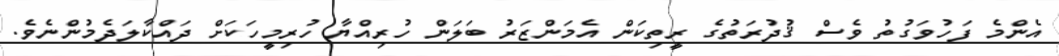
އެންމެ ފަހުވަގުތު ވެސް ޤުދުރަތުގެ ރީތިކަން އެމަންޒަރު ބަލަން ހުރިއްޔާ ހުރިމީހަކަށް ދައްކާލަދެމުންނެވެ.